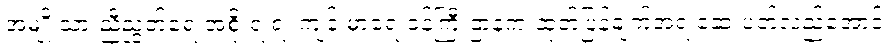
အမျိုးသားညီညွတ်ရေးအစိုးရ ရဲ့ ကျန်းမာရေးဝန်ကြီးဌာနက ထုတ်ပြန်ချက်အရ ဆေးပတ်လည်အောင်